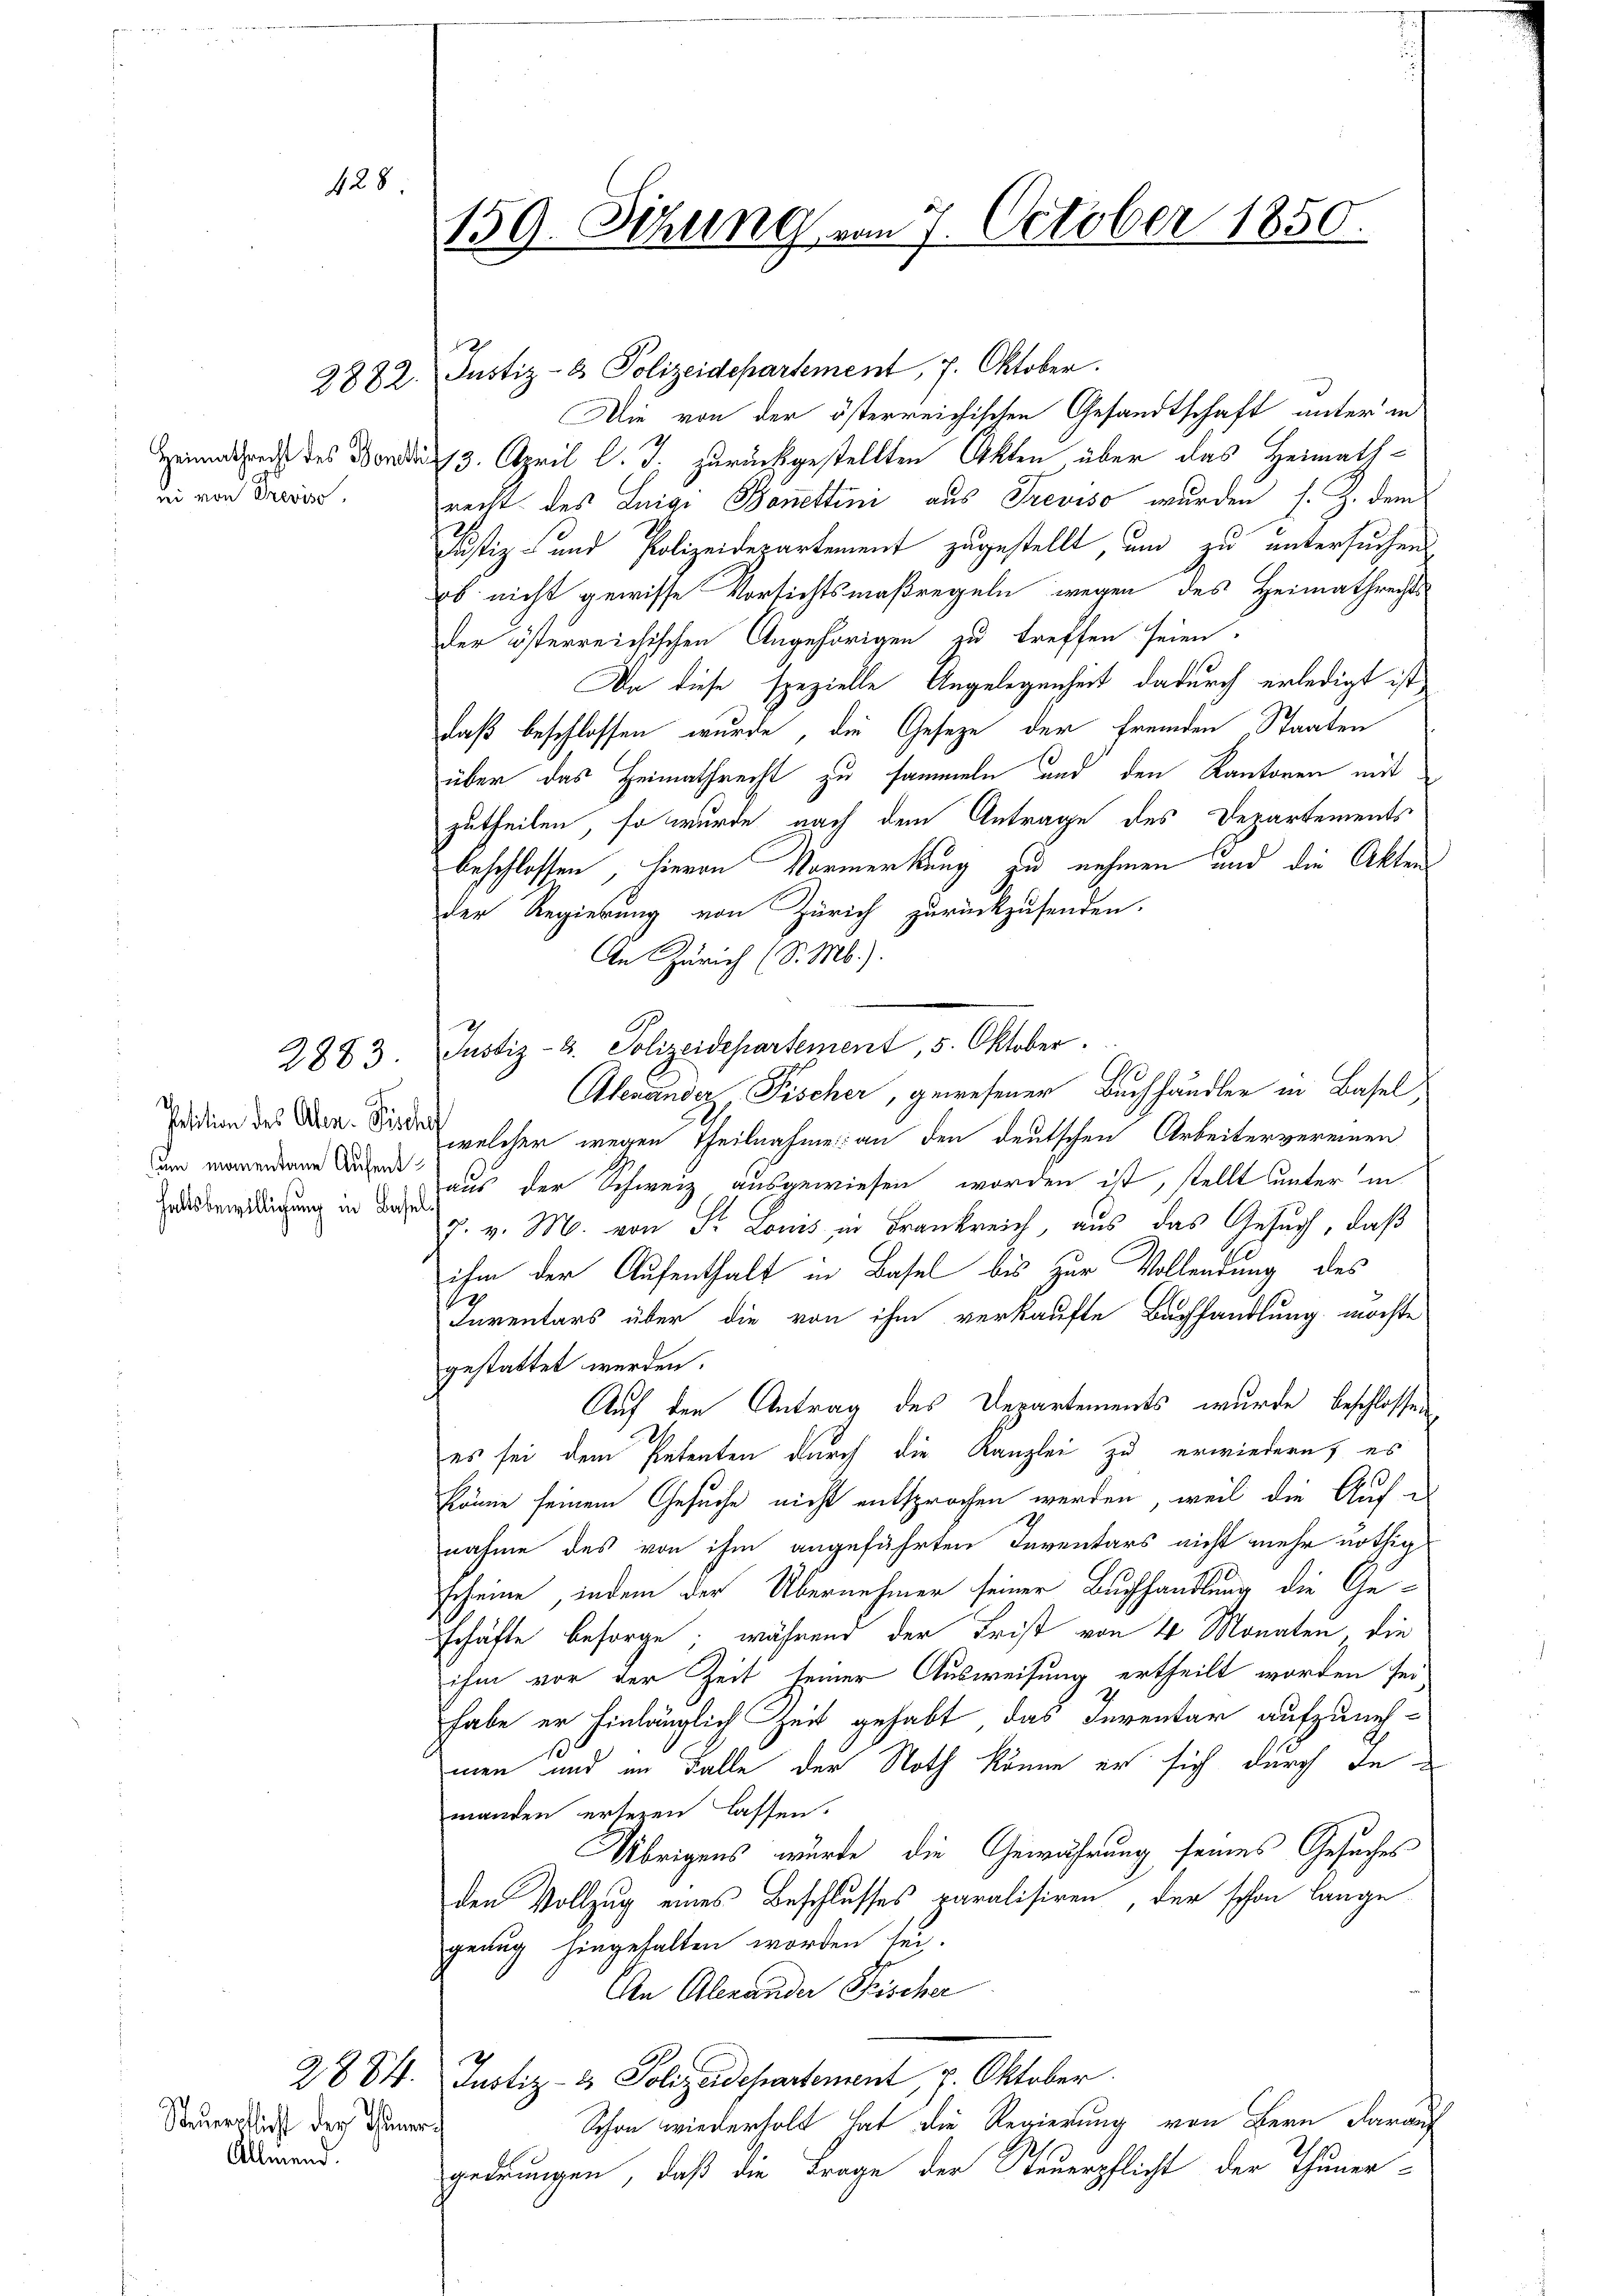
428.

ei von Previse.

2883.

Petition des Aten- Fischof
um momentane Aufenthaltsbewilligung in Basel

Steuerpflicht der Thuner
Allmend.

2882. Justiz- & Polizeidepartement, 7. Oktober.
Die von der österreichischen Gesandtschaft unter in
Herede des Den 13. April l. J. zurückgestellten Akten über das Heimathrecht des Luigi Bonettini aus Treviso wurden s. Z. dem
Justiz- und Polizeidepartement zugestellt, und zu untersuchen
b. nicht gewisse Vorsichtsmaßregeln wegen des Heimathrechts
der österreichischen Angehörigen zu treffen seien.
Da diese spezielle Angelegenheit dadurch erledigt ist
daß beschlossen wurde, die Gesetze der fremden Staaten
über das Heimathrecht zu sammeln und den Kantonen mit
zutheilen, so wurde nach dem Antrage des Departements
beschlossen hievon Vormerkung zu nehmen und die Akten
der Regierung von Zürich zurückzusenden.
An Zürich (S. M.).
Justiz- u. Polizeidepartement, 5. Oktober.
Alexander Fischer, gewesener Buchhändler in Basel
welcher wegen Theilnahme an den deutschen Arbeitervereinen
aus der Schweiz ausgewiesen worden ist, stellt unter in
7. v. M. von S. Louis in Frankreich, aus das Gesŭch, daβ
ihm der Aufenthalt in Basel bis zur Vollendung des
g
Inventars über die von ihm verkaufte Bachhandlung möchte
gestattet werden.
Auf den Antrag des Departements wurde beschlossen
es sei dem Petenten durch die Kanzlei zu erwiedern; es
könne seinem Gesuche nicht entsprochen werden, weil die Aufnahme des von ihm angeführten Inventars nicht mehr nöthig
scheine, indem der Übernehmer seiner Buchhandlung die Geschäfte besorge, während der Frist von 4 Monaten, die
ihm vor der Zeit seiner Ausweisung ertheilt worden sei
habe er hinlänglich Zeit gehabt, das Inventar aufzunehmen und im Falle der Noth könne er sich durch de
manden ersezen lassen.
Übrigens würde, die Gewährung seines Gesuches
den Vollzug eines Beschlusses paralisiren, der schon lange
genug hingehalten worden sei.
An Alexander Fischer
2884. Justiz- & Polizeidchartement, 7. Oktober.
Schon wiederholt hat die Regierung von Bern darauf
gedrungen, daß die Frage der Steuerpflicht der Thuner-

.
159. Sitzung vom 7. October 1850.